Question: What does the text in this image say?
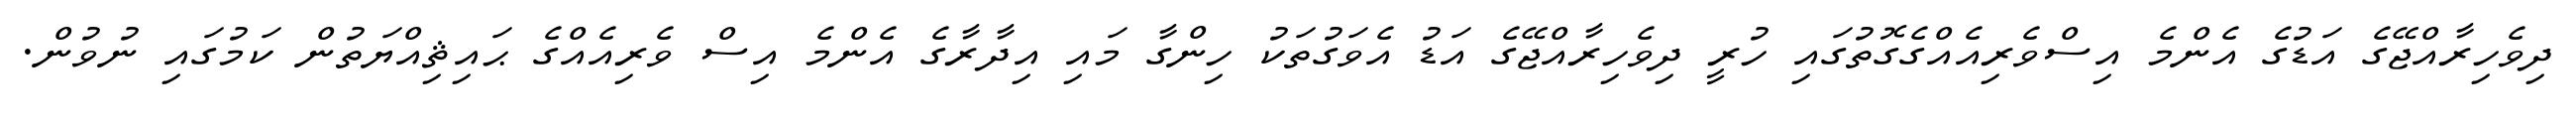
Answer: ދިވެހިރާއްޖޭގެ އަޑުގެ އެންމެ އިސްވެރިއެއްގެގޮތުގައި ހުރީ ދިވެހިރާއްޖޭގެ އަޑު އެވަގުތަކު ހިންގާ މައި އިދާރާގެ އެންމެ އިސް ވެރިއެއްގެ ޙައިޘިއްޔަތުން ކަމުގައި ނުވުން.